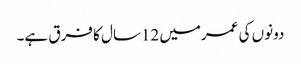
دونوں کی عمرمیں 12سال کا فرق ہے۔